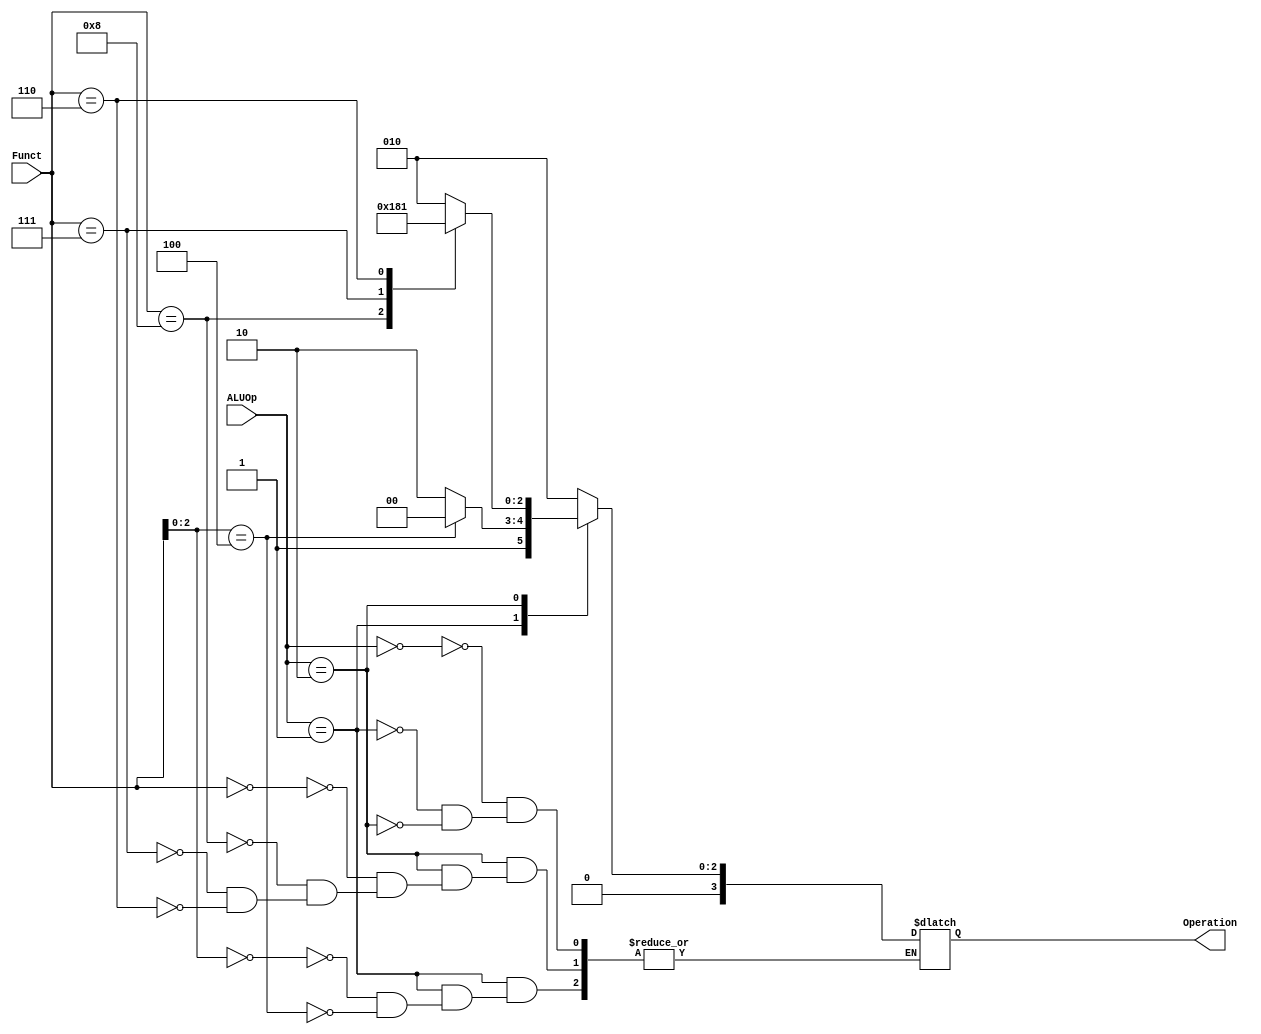
`timescale 1ns / 1ps
//////////////////////////////////////////////////////////////////////////////////
// Company: 
// Engineer: 
// 
// Design Name: 
// Module Name: ALU_Control
// Project Name: 
// Target Devices: 
// Tool Versions: 
// Description: 
// 
// Dependencies: 
// 
// Revision:
// Revision 0.01 - File Created
// Additional Comments:
// 
//////////////////////////////////////////////////////////////////////////////////


module ALU_Control
(
	input [1:0] ALUOp, 
	input [3:0] Funct,
	output reg [3:0] Operation
);

	always @(*)
    begin
      case(ALUOp)
    2'b00:
      begin
      Operation = 4'b0010;
      end
     2'b01:                          // branch type instructions
          begin
            case(Funct[2:0])
    	    3'b000:                  // beq
     	      begin
               Operation = 4'b0110;  // subtract
              end
            3'b100:                  // blt
     	      begin
                Operation = 4'b0100; // less than operation 
              end
         	endcase
          end
            
        
     2'b10:
       begin
         case(Funct)
    	    4'b0000: 
     	      begin
              Operation = 4'b0010;
              end
             4'b1000:
     	      begin
              Operation = 4'b0110;
              end
             4'b0111:
     	      begin
              Operation = 4'b0000;
              end
               4'b0110:
     	      begin
              Operation = 4'b0001;
              end
         endcase
      end
      endcase
    end
	
endmodule